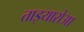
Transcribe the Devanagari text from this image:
ताइयारोआ